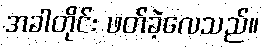
အခါတိုင်း ဖတ်ခဲ့လေသည်။